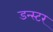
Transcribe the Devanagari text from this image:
डन्स्टर